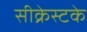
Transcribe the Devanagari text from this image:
सीक्रेस्टके